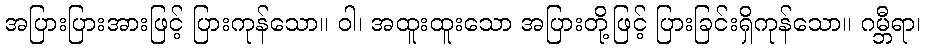
အပြားပြားအားဖြင့် ပြားကုန်သော။ ဝါ၊ အထူးထူးသော အပြားတို့ဖြင့် ပြားခြင်းရှိကုန်သော။ ဂမ္ဘီရာ၊